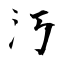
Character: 汅